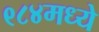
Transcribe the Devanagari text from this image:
९८४मध्ये